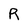
Character: R